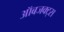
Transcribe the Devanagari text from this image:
ऑबजक्ट्स